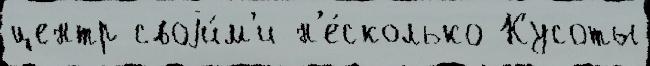
центр своjи́м'и н'е́сколько Кусоты